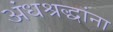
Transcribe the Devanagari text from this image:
अंधश्रद्धांना